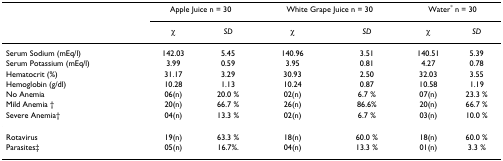
<table><thead><tr><td></td><td colspan="2"><b>Apple Juice n = 30</b></td><td colspan="2"><b>White Grape Juice n = 30</b></td><td colspan="2"><b>Water<sup>*</sup> n = 30</b></td></tr><tr><td></td><td><b>χ</b></td><td><b><i>SD</i></b></td><td><b>χ</b></td><td><b><i>SD</i></b></td><td><b>χ</b></td><td><b><i>SD</i></b></td></tr></thead><tbody><tr><td>Serum Sodium (mEq/l)</td><td>142.03</td><td>5.45</td><td>140.96</td><td>3.51</td><td>140.51</td><td>5.39</td></tr><tr><td>Serum Potassium (mEq/l)</td><td>3.99</td><td>0.59</td><td>3.95</td><td>0.81</td><td>4.27</td><td>0.78</td></tr><tr><td>Hematocrit (%)</td><td>31.17</td><td>3.29</td><td>30.93</td><td>2.50</td><td>32.03</td><td>3.55</td></tr><tr><td>Hemoglobin (g/dl)</td><td>10.28</td><td>1.13</td><td>10.24</td><td>0.87</td><td>10.58</td><td>1.19</td></tr><tr><td>No Anemia</td><td>06(n)</td><td>20.0 %</td><td>02(n)</td><td>6.7 %</td><td>07(n)</td><td>23.3 %</td></tr><tr><td>Mild Anemia †</td><td>20(n)</td><td>66.7 %</td><td>26(n)</td><td>86.6%</td><td>20(n)</td><td>66.7 %</td></tr><tr><td>Severe Anemia†</td><td>04(n)</td><td>13.3 %</td><td>02(n)</td><td>6.7 %</td><td>03(n)</td><td>10.0 %</td></tr><tr><td>Rotavirus</td><td>19(n)</td><td>63.3 %</td><td>18(n)</td><td>60.0 %</td><td>18(n)</td><td>60.0 %</td></tr><tr><td>Parasites‡</td><td>05(n)</td><td>16.7%.</td><td>04(n)</td><td>13.3 %</td><td>01(n)</td><td>3.3 %</td></tr></tbody></table>